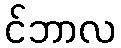
င်ဘာလ